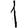
Digit: 1